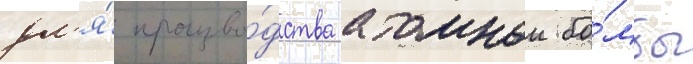
дл'я́ произво́дства атомнои бо́мбы